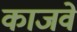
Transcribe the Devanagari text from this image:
काजवे